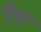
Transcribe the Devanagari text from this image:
ऐछ